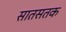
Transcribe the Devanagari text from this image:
सातसतक